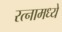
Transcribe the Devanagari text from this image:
रत्‍नामध्ये